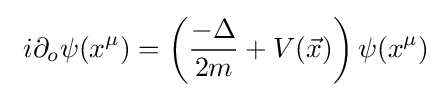
\,\,i\partial _{o}\psi (x^{\mu })=\left({\frac {-\Delta }{2m}}+V({\vec {x}})\right)\psi (x^{\mu })